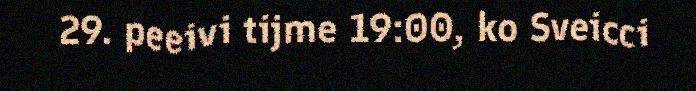
29. peeivi tijme 19:00, ko Sveicci